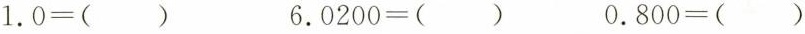
$$1.0=()$$ $$6.0200=()$$ $$0.800=()$$